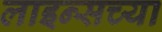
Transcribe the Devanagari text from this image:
लाइन्सच्या